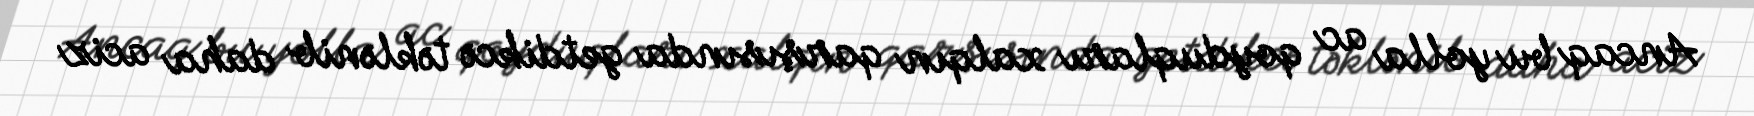
Ancaq bu yolla ac qoyduqları xalqın qarşısında getdikcə təklənib daha aciz